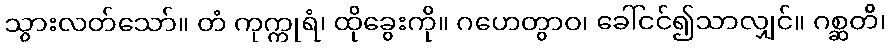
သွားလတ်သော်။ တံ ကုက္ကုရံ၊ ထိုခွေးကို။ ဂဟေတွာဝ၊ ခေါ်ငင်၍သာလျှင်။ ဂစ္ဆတိ၊